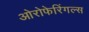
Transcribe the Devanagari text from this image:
ओरोफेरिंगल्स